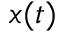
x ( t )